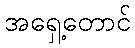
အရှေ့တောင်